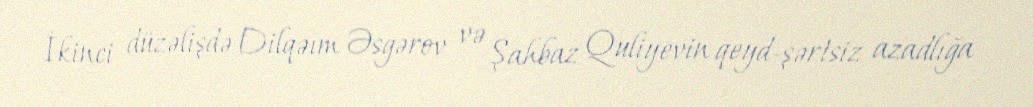
İkinci düzəlişdə Dilqəım Əsgərov və Şahbaz Quliyevin qeyd-şərtsiz azadlığa